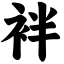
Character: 袢